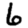
Digit: 6